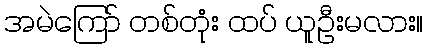
အမဲကြော် တစ်တုံး ထပ် ယူဦးမလား။